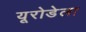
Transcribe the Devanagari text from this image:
यूरोडेला